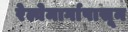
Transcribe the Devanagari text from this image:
रेल्वेमार्गापासून